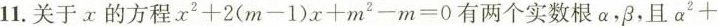
11. 关于 x 的方程$$x ^ { 2 } + 2 ( m - 1 ) x + m ^ { 2 } - m = 0$$ 有两个实数根α，β，且$$α ^ { 2 } +